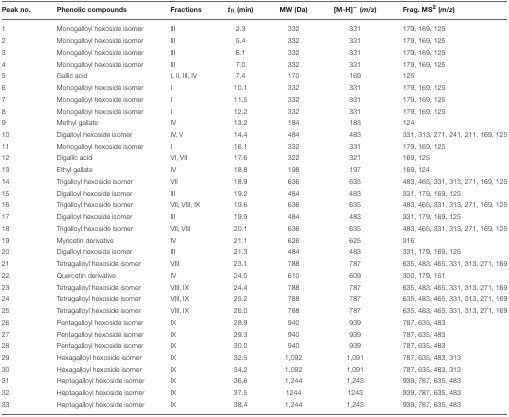
<table><thead><tr><td><b>Peak no.</b></td><td><b>Phenolic compounds</b></td><td><b>Fractions</b></td><td><b><i>t</i><sub>R</sub> (min)</b></td><td><b>MW (Da)</b></td><td><b>[M-H]<sup>−</sup> (<i>m/z</i>)</b></td><td><b>Frag. MS<sup>2</sup> (<i>m/z</i>)</b></td></tr></thead><tbody><tr><td>1</td><td>Monogalloyl hexoside isomer</td><td>III</td><td>2.3</td><td>332</td><td>331</td><td>179, 169, 125</td></tr><tr><td>2</td><td>Monogalloyl hexoside isomer</td><td>III</td><td>5.4</td><td>332</td><td>331</td><td>179, 169, 125</td></tr><tr><td>3</td><td>Monogalloyl hexoside isomer</td><td>III</td><td>6.1</td><td>332</td><td>331</td><td>179, 169, 125</td></tr><tr><td>4</td><td>Monogalloyl hexoside isomer</td><td>III</td><td>7.0</td><td>332</td><td>331</td><td>179, 169, 125</td></tr><tr><td>5</td><td>Gallic acid</td><td>I, II, III, IV</td><td>7.4</td><td>170</td><td>169</td><td>125</td></tr><tr><td>6</td><td>Monogalloyl hexoside isomer</td><td>I</td><td>10.1</td><td>332</td><td>331</td><td>179, 169, 125</td></tr><tr><td>7</td><td>Monogalloyl hexoside isomer</td><td>I</td><td>11.5</td><td>332</td><td>331</td><td>179, 169, 125</td></tr><tr><td>8</td><td>Monogalloyl hexoside isomer</td><td>I</td><td>12.2</td><td>332</td><td>331</td><td>179, 169, 125</td></tr><tr><td>9</td><td>Methyl gallate</td><td>IV</td><td>13.2</td><td>184</td><td>183</td><td>124</td></tr><tr><td>10</td><td>Digalloyl hexoside isomer</td><td>IV, V</td><td>14.4</td><td>484</td><td>483</td><td>331, 313, 271, 241, 211, 169, 125</td></tr><tr><td>11</td><td>Monogalloyl hexoside isomer</td><td>I</td><td>16.1</td><td>332</td><td>331</td><td>179, 169, 125</td></tr><tr><td>12</td><td>Digallic acid</td><td>VI, VII</td><td>17.6</td><td>322</td><td>321</td><td>169, 125</td></tr><tr><td>13</td><td>Ethyl gallate</td><td>IV</td><td>18.8</td><td>198</td><td>197</td><td>169, 124</td></tr><tr><td>14</td><td>Trigalloyl hexoside isomer</td><td>VII</td><td>18.9</td><td>636</td><td>635</td><td>483, 465, 331, 313, 271, 169, 125</td></tr><tr><td>15</td><td>Digalloyl hexoside isomer</td><td>III</td><td>19.2</td><td>484</td><td>483</td><td>331, 179, 169, 125</td></tr><tr><td>16</td><td>Trigalloyl hexoside isomer</td><td>VII, VIII, IX</td><td>19.6</td><td>636</td><td>635</td><td>483, 465, 331, 313, 271, 169, 125</td></tr><tr><td>17</td><td>Digalloyl hexoside isomer</td><td>III</td><td>19.9</td><td>484</td><td>483</td><td>331, 179, 169, 125</td></tr><tr><td>18</td><td>Trigalloyl hexoside isomer</td><td>VII, VIII</td><td>20.1</td><td>636</td><td>635</td><td>483, 465, 331, 313, 271, 169, 125</td></tr><tr><td>19</td><td>Myricetin derivative</td><td>IV</td><td>21.1</td><td>626</td><td>625</td><td>316</td></tr><tr><td>20</td><td>Digalloyl hexoside isomer</td><td>III</td><td>21.3</td><td>484</td><td>483</td><td>331, 179, 169, 125</td></tr><tr><td>21</td><td>Tetragalloyl hexoside isomer</td><td>VIII</td><td>23.1</td><td>788</td><td>787</td><td>635, 483, 465, 331, 313, 271, 169</td></tr><tr><td>22</td><td>Quercetin derivative</td><td>IV</td><td>24.0</td><td>610</td><td>609</td><td>300, 179, 151</td></tr><tr><td>23</td><td>Tetragalloyl hexoside isomer</td><td>VIII, IX</td><td>24.4</td><td>788</td><td>787</td><td>635, 483, 465, 331, 313, 271, 169</td></tr><tr><td>24</td><td>Tetragalloyl hexoside isomer</td><td>VIII, IX</td><td>25.2</td><td>788</td><td>787</td><td>635, 483, 465, 331, 313, 271, 169</td></tr><tr><td>25</td><td>Tetragalloyl hexoside isomer</td><td>VIII, IX</td><td>26.0</td><td>788</td><td>787</td><td>635, 483, 465, 331, 313, 271, 169</td></tr><tr><td>26</td><td>Pentagalloyl hexoside isomer</td><td>IX</td><td>28.9</td><td>940</td><td>939</td><td>787, 635, 483</td></tr><tr><td>27</td><td>Pentagalloyl hexoside isomer</td><td>IX</td><td>29.3</td><td>940</td><td>939</td><td>787, 635, 483</td></tr><tr><td>28</td><td>Pentagalloyl hexoside isomer</td><td>IX</td><td>30.0</td><td>940</td><td>939</td><td>787, 635, 483</td></tr><tr><td>29</td><td>Hexagalloyl hexoside isomer</td><td>IX</td><td>32.5</td><td>1,092</td><td>1,091</td><td>787, 635, 483, 313</td></tr><tr><td>30</td><td>Hexagalloyl hexoside isomer</td><td>IX</td><td>34.2</td><td>1,092</td><td>1,091</td><td>787, 635, 483, 313</td></tr><tr><td>31</td><td>Heptagalloyl hexoside isomer</td><td>IX</td><td>36.6</td><td>1,244</td><td>1,243</td><td>939, 787, 635, 483</td></tr><tr><td>32</td><td>Heptagalloyl hexoside isomer</td><td>IX</td><td>37.5</td><td>1244</td><td>1243</td><td>939, 787, 635, 483</td></tr><tr><td>33</td><td>Heptagalloyl hexoside isomer</td><td>IX</td><td>38.4</td><td>1,244</td><td>1,243</td><td>939, 787, 635, 483</td></tr></tbody></table>